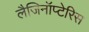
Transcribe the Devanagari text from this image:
लैजिनॉप्टेरिस